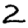
Digit: 2